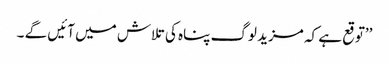
’’توقع ہے کہ مزید لوگ پناہ کی تلاش میں آئیں گے ۔